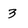
Character: 3